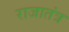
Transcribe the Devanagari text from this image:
राजातंत्र